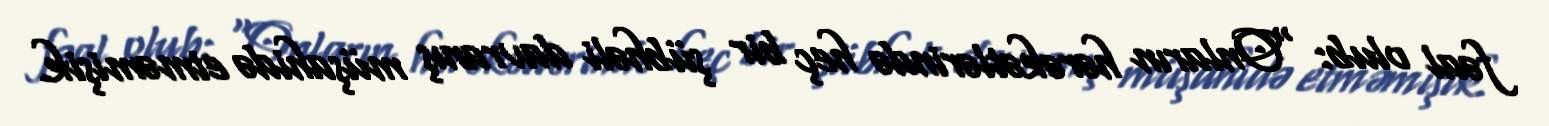
fəal olub: “Onların hərəkətlərində heç bir şübhəli davranış müşahidə etməmişik.